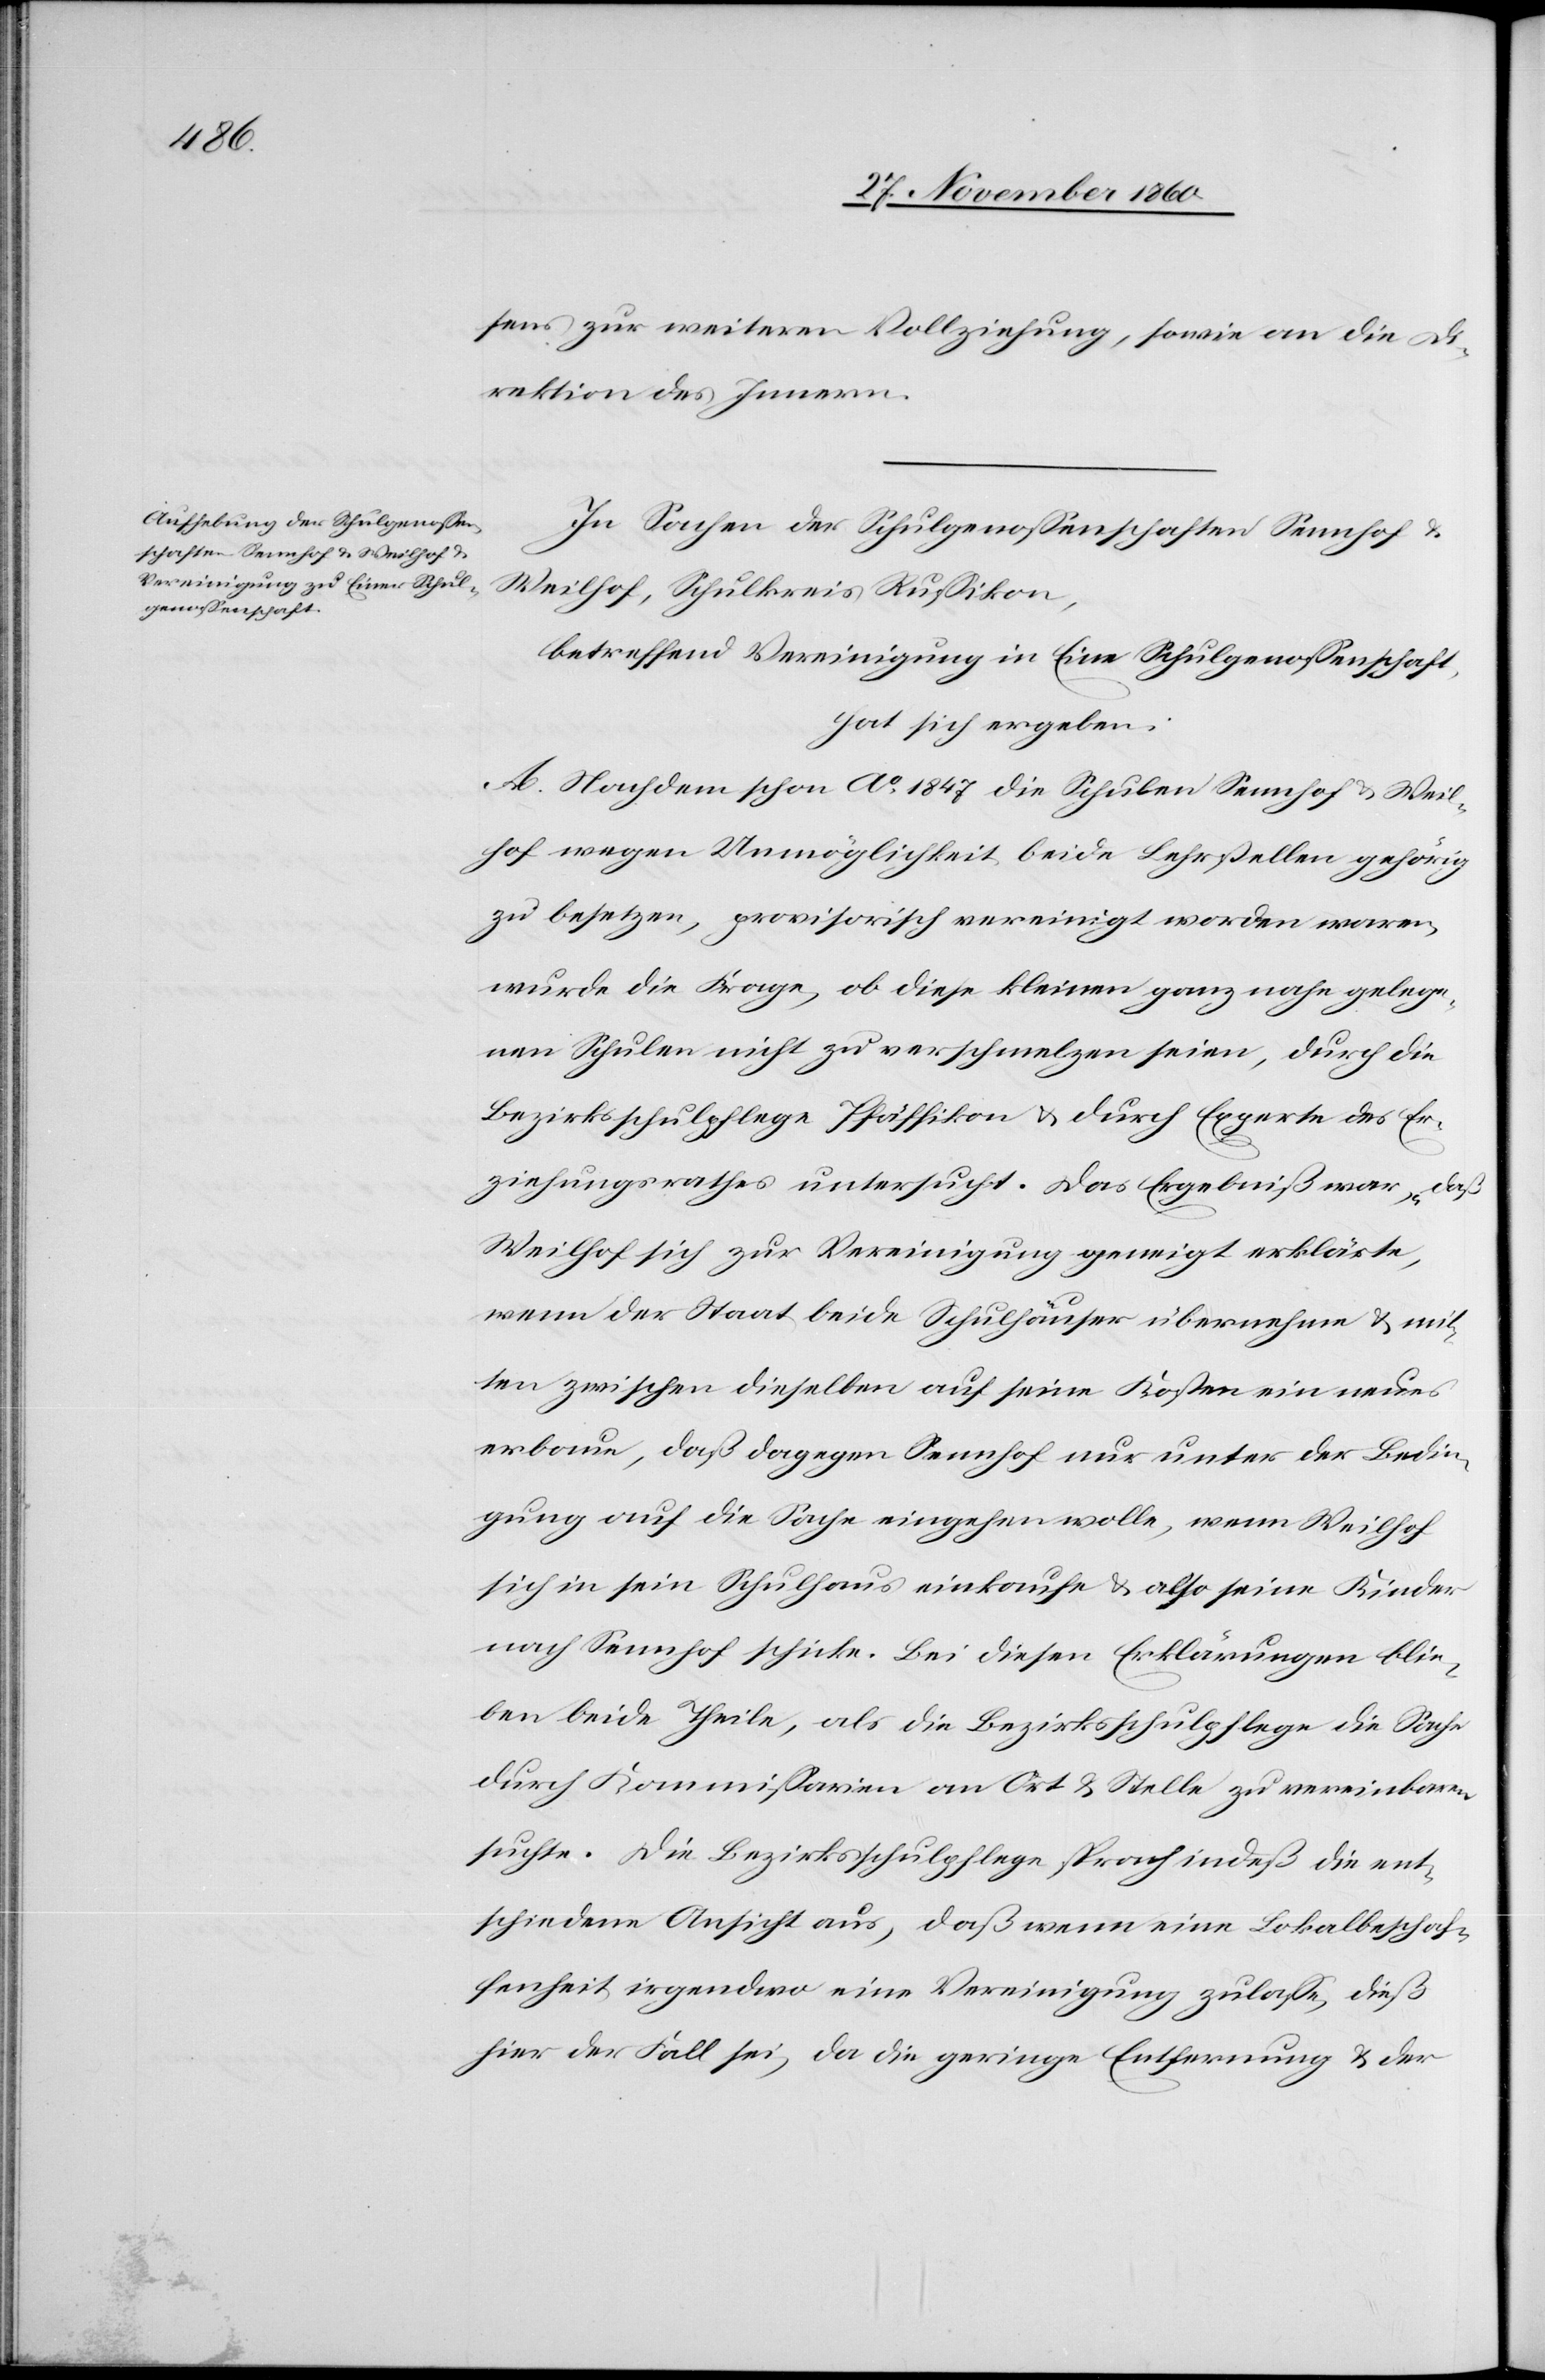
sens zur weiteren Vollziehung, sowie an die Di¬
rektion des Innern.
In Sachen der Schulgenossenschaften Sennhof u.
Weilhof, Schulkreis Russikon,
betreffend Vereinigung in Eine Schulgenossenschaft,
hat sich ergeben:
A. Nachdem schon Ao 1847 die Schulen Sennhof u. Weil¬
hof wegen Unmöglichkeit beide Lehrstellen gehörig
zu besetzen, provisorisch vereinigt worden waren,
wurde die Frage, ob diese kleinen ganz nahe gelege¬
nen Schulen nicht zu verschmelzen seien, durch die
Bezirksschulpflege Pfäffikon u. durch Experte des Er¬
ziehungsrathes untersucht. Das Ergebniß war, „daß
Weilhof sich zur Vereinigung geneigt erklärte,
wenn der Staat beide Schulhäuser übernehme u. mit¬
ten zwischen dieselben auf seine Kosten ein neues
erbaue, daß dagegen Sennhof nur unter der Bedin¬
gung auf die Sache eingehen wolle, wenn Weilhof
sich in sein Schulhaus einkaufe u. also seine Kinder
nach Sennhof schicke. Bei diesen Erklärungen blie¬
ben beide Theile, als Bezirksschulpflege die Sache
durch Kommissarien an Ort u. Stelle zu vereinbaren
suchte. Die Bezirksschulpflege sprach indeß die ent¬
schiedene Ansicht aus, daß wenn eine Lokalbeschaf¬
fenheit irgendwo eine Vereinigung zulasse, dieß
hier der Fall sei, da die geringe Entfernung u. der